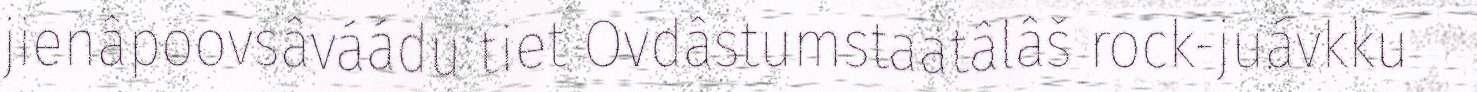
jienâpoovsâváádu tiet Ovdâstumstaatâlâš rock-juávkku